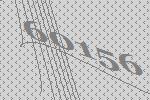
60156